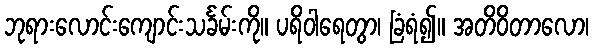
ဘုရားလောင်းကျောင်းသင်္ခမ်းကို။ ပရိဝါရေတွာ၊ ခြံရံ၍။ အတိဝိတာလော၊